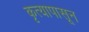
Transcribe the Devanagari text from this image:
कृत्यापासून